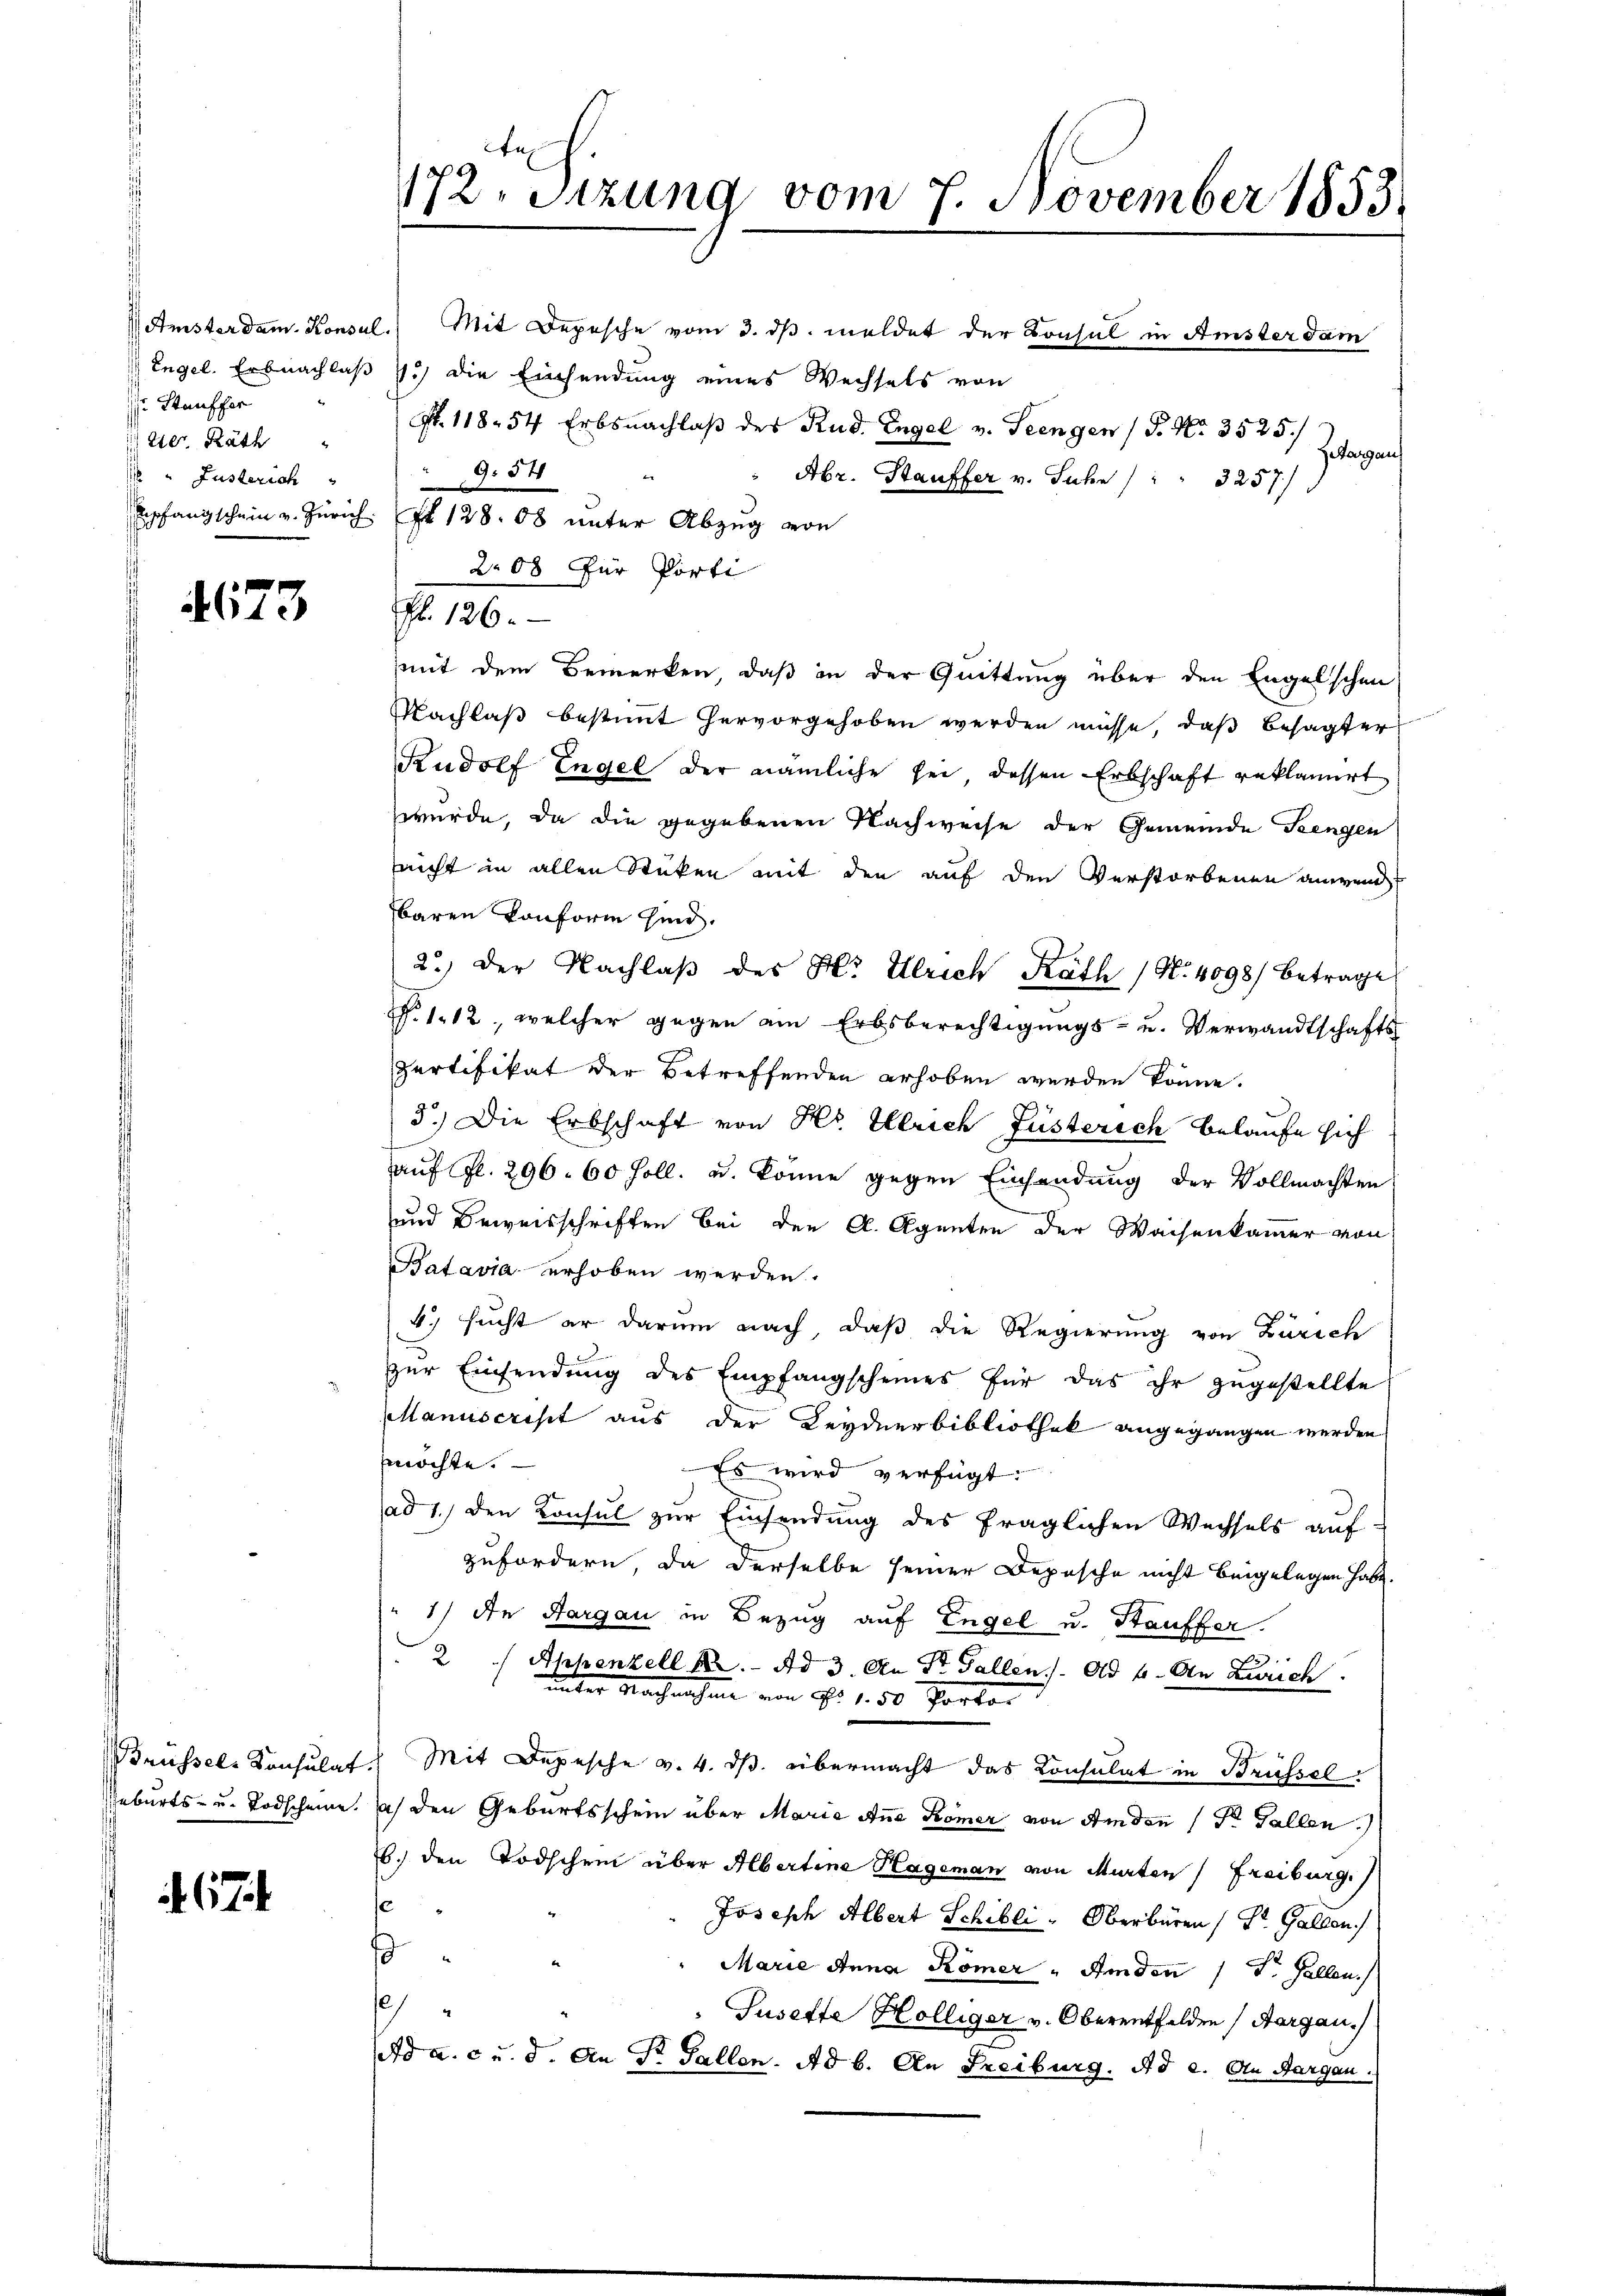
Stauffer
eter Räth
" Justerich

467

473

V Amsterdam. Konsul. Mit Depesche vom 3. dβ. meldet der Konsul in Amster dam
Engel. Erbnachlaß 1.) die Einsendung eines Wechsels von
Nr. 118. 54 Erbsnachlaβ des Rud. Engel v. Teengen (S. Nr. 3525/
Getarauf
7.1
G. 54
" Abr. Stauffer v. Jahr /: " 3251/
208 für Porti
mit dem Bemerken, daß in der Quittung über den Engelschen
Nachlaß bestimmt hervorgehoben werden müsse, daß besagter
Rudolf Engel der nämliche sei dessen Erbschaft reklamirt
wurde, da die gegebenen Nachweise der Gemeinde Teengen
leicht in allen Stücken mit den auf den Verstorbenen anwend
baren konform sind.
2.) Der Nachlaβ des H. Ulrich Rath (N. 4098) Betrage
N. 112, welcher gegen am Erbsberechtigungs- u. Verwandtschafts
Pertifikat der Betreffenden erhoben werden könne.
3.) Die Erbschaft von Hs. Ulrich Füsterich Belaufe sich
aŭf fl. 296. 60 soll. u. könne gegen Einsendung der Vollmachten
und Beweisschriften bei den A. Agenten der Waisenkammer von
Batavia erhoben werden.
4. sucht er darum nach, daß die Regierung von Zürich
zur Einsendung des Empfangscheines für das ihr zugestellte
Manuscrist aus der Leydnerbibliothek angegangen werden
möchte.
Es wird verfügt:
ad 1.) den Konsul zur Einsendung des fraglichen Wechsels auf
zufordern, da derselbe seiner Depesche nicht beigelegen habe.
"1) In Aargau in Bezug auf Engel u. Stauffer.
2  Ahhenzell A. Ad 3. An St. Gallen.). Ad 4. An Zürich
unter Nachnahme von Fr. 1. 50 Portor
Brüssels Konsulat. Mit Depesche v. 4. ds. übermacht das Consulat in Brüssel¬
Geburts- u. Todscheine. Das den Geburtsschein über Maria Anna Römer von Amden (Dr. Gallen.)
b.) den Todschein über Albertine Hageman von Murten (Freiburg.
e
Joseph Albert Schibli, Oberbüren 1 St. Gallen
ß
" Marie Anna Römer " Amden 1 S. Gallen.
)
Gusette Hölliger v. Oberentfelden, Aargau.
Ad a. c. u. d. An Dr. Gallen. Ad b. An Freiburg. Ad 2. An Margau.

172. Sitzung vom 7. November 1853.

Erschangschein v. Zürich f 128. Ob unter Abzug von

120.